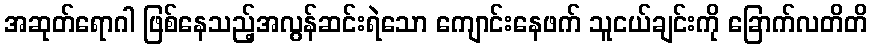
အဆုတ်ရောဂါ ဖြစ်နေသည့်အလွန်ဆင်းရဲသော ကျောင်းနေဖက် သူငယ်ချင်းကို ခြောက်လတိတိ